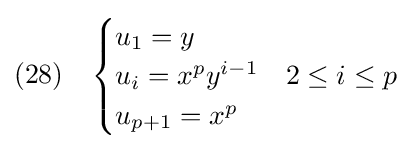
(28)\quad {\begin{cases}u_{1}=y\\u_{i}=x^{p}y^{i-1}&2\leq i\leq p\\u_{p+1}=x^{p}\end{cases}}